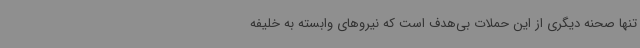
تنها صحنه دیگری از این حملات بی‌هدف است که نیروهای وابسته به خلیفه